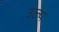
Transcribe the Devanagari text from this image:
उल्थ